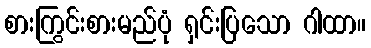
စားကြွင်းစားမည်ပုံ ရှင်းပြသော ဂါထာ။